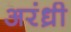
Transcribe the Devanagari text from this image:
अरंध्री